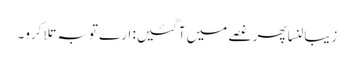
زیبالنسا پھر غصے میں آگئیں: ارے توبہ تلا کرو۔